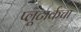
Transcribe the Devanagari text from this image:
प्लूटार्कचा